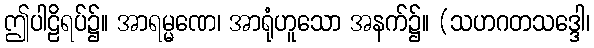
ဤပါဠိရပ်၌။ အာရမ္မဏေ၊ အာရုံဟူသော အနက်၌။ (သဟဂတသဒ္ဒေါ၊